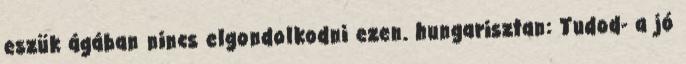
eszük ágában nincs elgondolkodni ezen. hungarisztan: Tudod- a jó